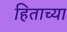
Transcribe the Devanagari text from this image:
हिताच्‍या